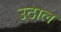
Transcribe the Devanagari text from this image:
उठाल